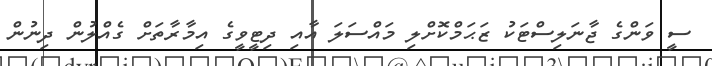
ސީ ވަންގެ ޖާނަލިސްޓަކު ޒަޙަމްކޮށްލި މައްސަލަ އާއި ދިޓީވީގެ އިމާރާތަށް ގެއްލުން ދިނުން